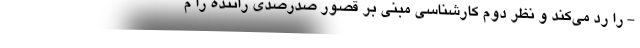
- را رد می‌کند و نظر دوم کارشناسی مبنی بر قصور صدرصدی راننده را م